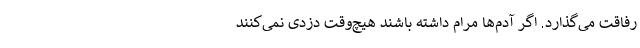
رفاقت می‌گذارد. اگر آدم‌ها مرام داشته باشند هیچ‌وقت دزدی نمی‌کنند